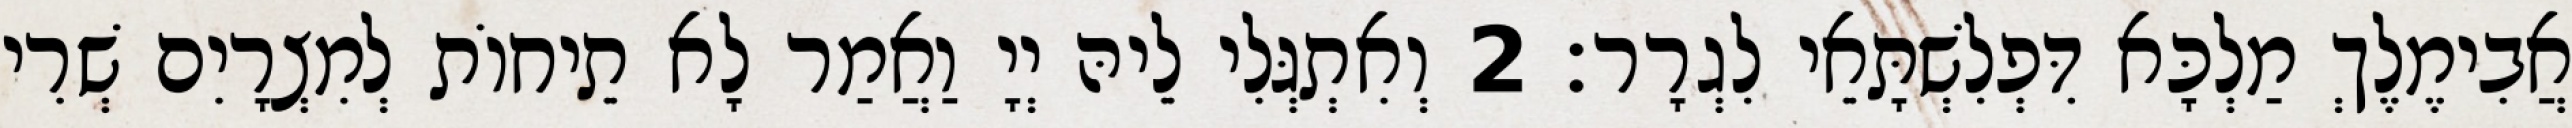
אֲבִימֶלֶךְ מַלְכָּא דִּפְלִשְׁתָּאֵי לִגְרָר׃ 2 וְאִתְגְּלִי לֵיהּ יְיָ וַאֲמַר לָא תֵיחוֹת לְמִצְרָיִם שְׁרִי